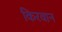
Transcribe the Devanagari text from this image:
किरवान